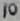
Text: 10